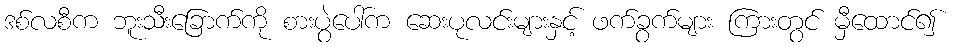
ဒစ်လစီက ဘူးသီးခြောက်ကို စားပွဲပေါ်က ဆေးပုလင်းများနှင့် ဖက်ခွက်များ ကြားတွင် မှီထောင်၍